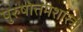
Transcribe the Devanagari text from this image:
पुरुषोत्तमशास्त्री